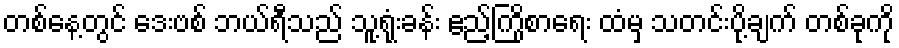
တစ်နေ့တွင် ဒေးဗစ် ဘယ်ရီသည် သူ့ရုံးခန်း ဧည့်ကြိုစာရေး ထံမှ သတင်းပို့ချက် တစ်ခုကို